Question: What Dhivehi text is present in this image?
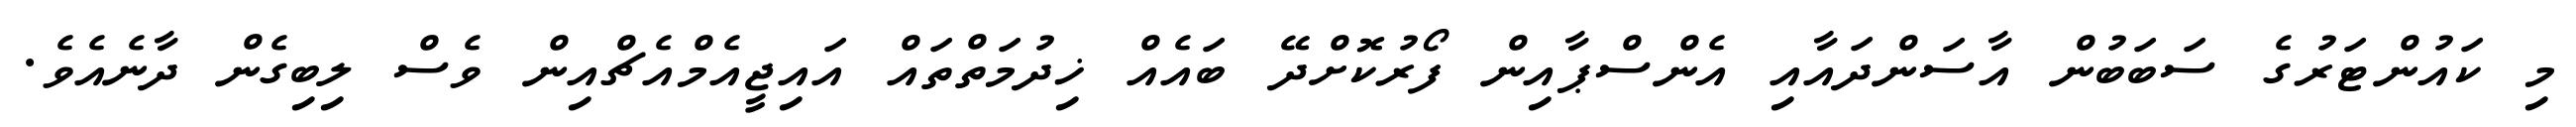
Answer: މި ކައުންޓަރުގެ ސަބަބުން އާސަންދައާއި އެންސްޕާއިން ފޯރުކޮށްދޭ ބައެއް ޚިދުމަތްތައް އައިޖީއެމްއެޗްއިން ވެސް ލިބިގެން ދާނެއެވެ.